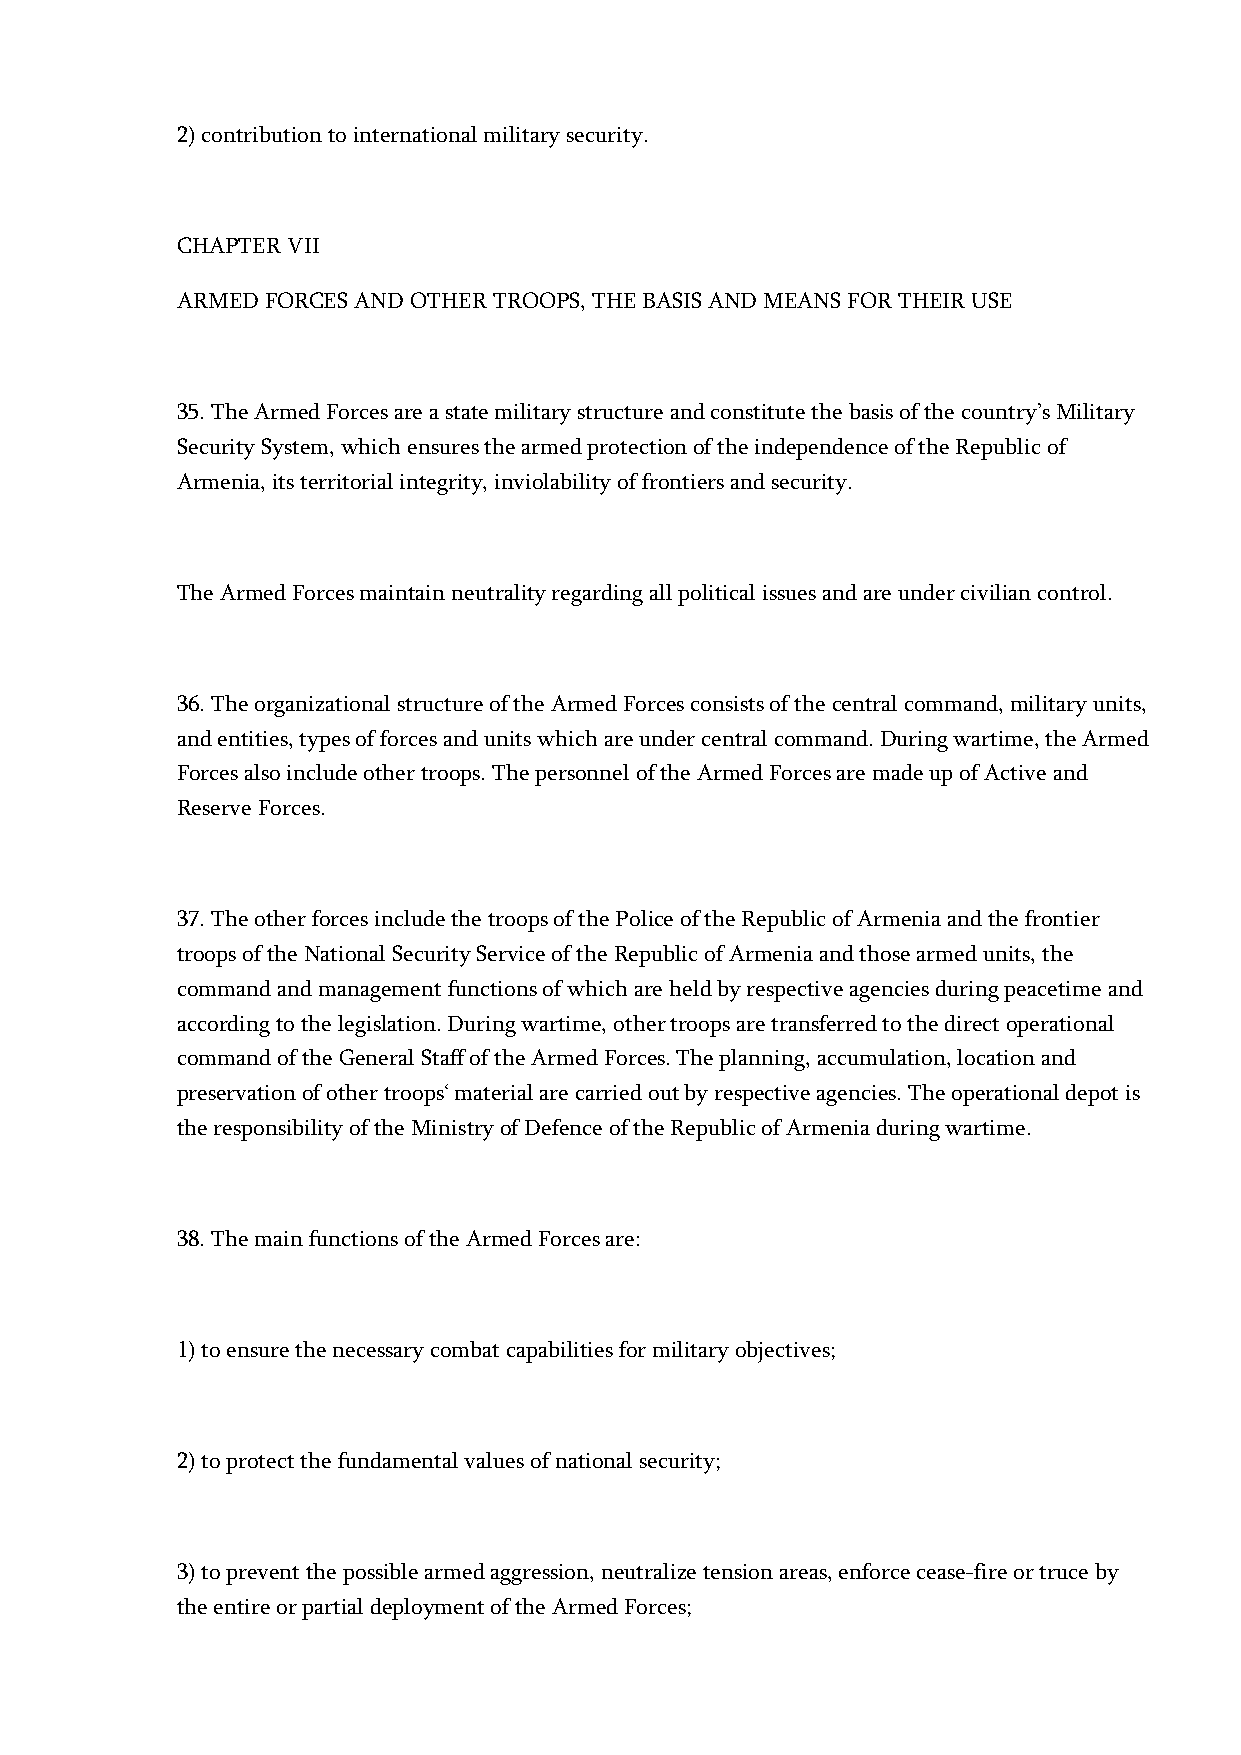
2) contribution to international military security.
 CHAPTER VII
 ARMED FORCES AND OTHER TROOPS, THE BASIS AND MEANS FOR THEIR USE
 35. The Armed Forces are a state military structure and constitute the basis of the country’s Military
 Security System, which ensures the armed protection of the independence of the Republic of
 Armenia, its territorial integrity, inviolability of frontiers and security.
 The Armed Forces maintain neutrality regarding all political issues and are under civilian control.
 36. The organizational structure of the Armed Forces consists of the central command, military units,
 and entities, types of forces and units which are under central command. During wartime, the Armed
 Forces also include other troops. The personnel of the Armed Forces are made up of Active and
 Reserve Forces.
 37. The other forces include the troops of the Police of the Republic of Armenia and the frontier
 troops of the National Security Service of the Republic of Armenia and those armed units, the
 command and management functions of which are held by respective agencies during peacetime and
 according to the legislation. During wartime, other troops are transferred to the direct operational
 command of the General Staff of the Armed Forces. The planning, accumulation, location and
 preservation of other troops‘ material are carried out by respective agencies. The operational depot is
 the responsibility of the Ministry of Defence of the Republic of Armenia during wartime.
 38. The main functions of the Armed Forces are:
 1) to ensure the necessary combat capabilities for military objectives;
 2) to protect the fundamental values of national security;
 3) to prevent the possible armed aggression, neutralize tension areas, enforce cease-fire or truce by
 the entire or partial deployment of the Armed Forces;